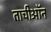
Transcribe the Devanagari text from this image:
ताचीऑन